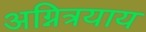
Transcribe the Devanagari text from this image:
अग्नित्रयाय